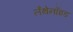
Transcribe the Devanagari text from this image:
लँथेनॉइड